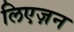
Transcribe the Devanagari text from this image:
लिएज़न